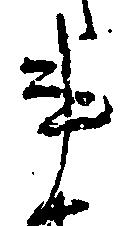
事